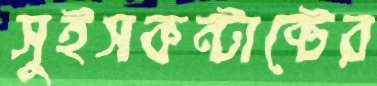
সুইসকন্টাক্টের